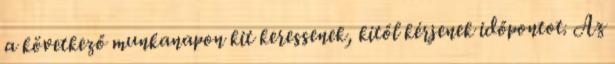
a következő munkanapon kit keressenek, kitől kérjenek időpontot. Az